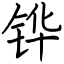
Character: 铧